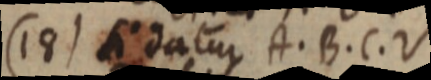
18) si datur A. B. C. V.